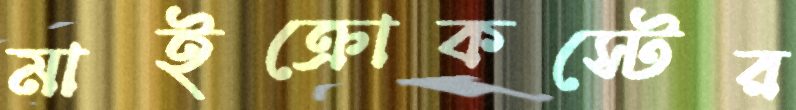
মাইক্রোকস্টের